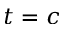
t = c